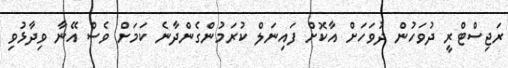
ރަޖިސްޓްރީ ދުވަހުން ދުވަހަށް އާކޮށް ފައިނަލް ކުރަމުންގެންދާނެ ކަމަށް ވެސް އޭނާ ވިދާޅުވި